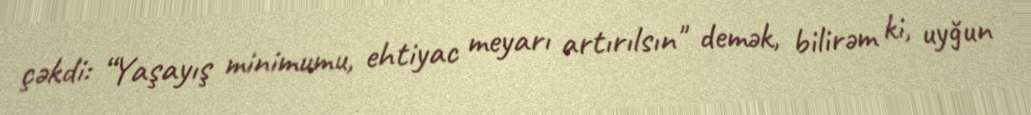
çəkdi: “Yaşayış minimumu, ehtiyac meyarı artırılsın" demək, bilirəm ki, uyğun